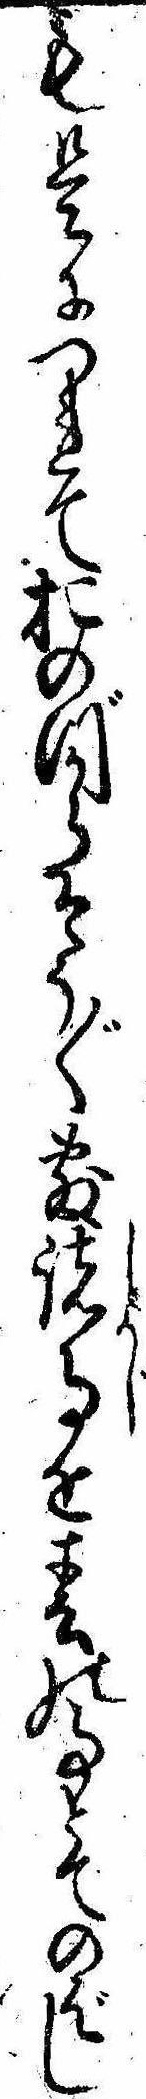
も是につれておのづからそう〲敷諸事を春の事とてのばし